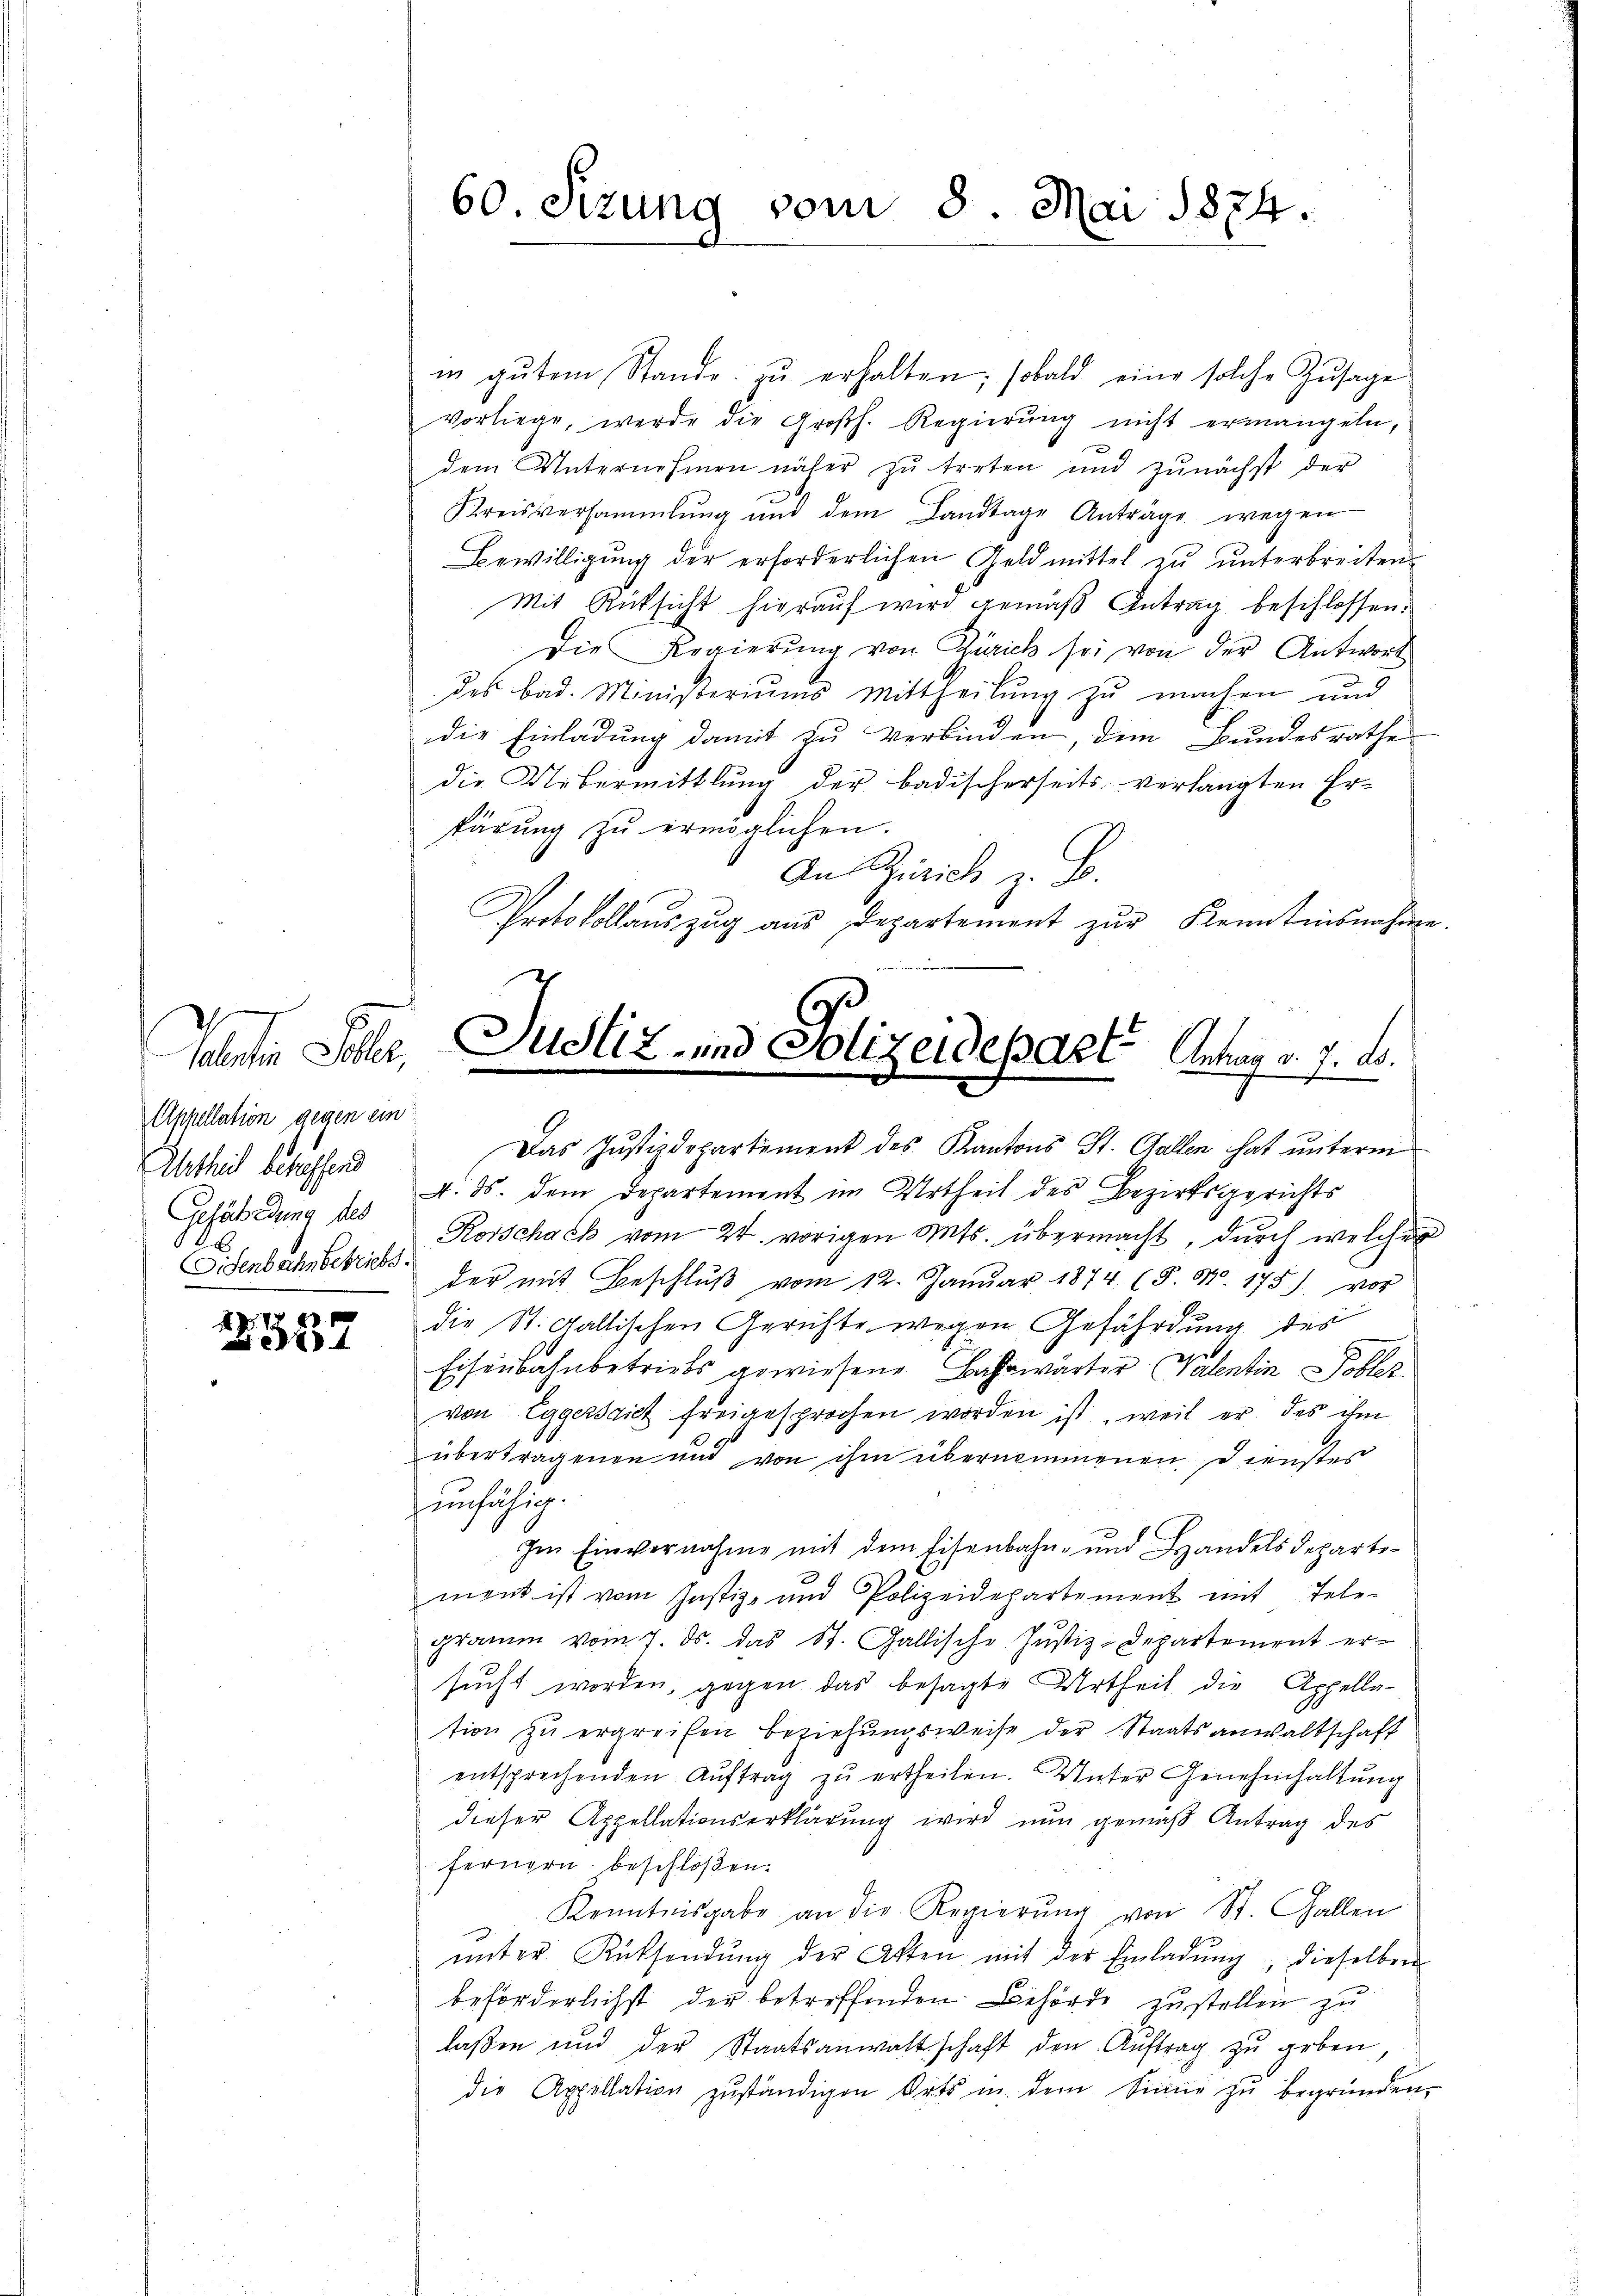
Appellation gegen ein
Ahtheil behaffend
Fisenbachs betriebs

2337

in gŭtem Stande zŭ erhalten; sobald eine solche Zusage
vorliege, werde die Großh. Regierung nicht ermangeln,
dem Unternehmen näher zu treten und zŭnächst der
Kreisversammlung und dem Landtage Anträge wegen
Bewilligŭng der erforderlichen Geldmittel zŭ ŭnterbreiten
Mit Rücksicht hierauf wird gemäß Antrag beschlossen.
Die Regierŭng von Zürich sei von der Antwort
des bad. Ministeriums Mittheilung zu machen und
die Einladung damit zu verbinden dem Bundesrathe
die Uebermittlung der badischerseits verlangten Er-
pärung zu ermöglichen.
An Zürich z. B.
Protokollauszug aus Departement zŭr Kenntnisnahme.
Gefährdung des Rorschach vom 24. vorigen Mts. übermacht, durch welcher
der mit Beschlŭβ vom 12. Janŭar 1874 (8. No. 175) vor
die St. Gallischen Gerichte wegen Gefährdung des
Eisenbahnbetriebs gewiesene Bahnwärter Valentin Tobler
von Eggersich freigesprochen worden ist, weil er des ihm
übertragenen und von ihm übernommenen Dienstes
unfähig.
Im Einvernahme mit dem Eisenbahn- und Handelsdeparti-
ment ist vom Justiz- und Polizeidepartement mit Telegramm vom 7. ds. das St. Gallische Justiz-Departement ersucht worden, gegen das besagte Urtheil die Appella-
tion zŭ ergreifen beziehŭngsweise der Staatsanwaltschaft
entsprechenden Aŭftrag zŭ ertheilen. Unter Genehmhaltŭng
dieser Appellationserklärung wird nun gemäß Antrag des
fernern beschloßen:
Kenntnisgabe an die Regierŭng von St. Gallen
ŭnter Rücksendŭng der Akten mit der Einladŭng, dieselben
beförderlichst der betreffenden Behörde zustellen zu
lassen und der Staatsanwaltschaft den Aŭftrag zu geben,
die Appellation zŭständigen Orts in dem Sinne zŭ begründen,

60. Sizung vom 8. Mai 1874.

ahnen Sohler, Justiz- und Polizeidepart Antrag v. 7. d.
e

Das Justizdepartement des Kantons St. Gallen hat unterm
4. ds. dem Departement im Urtheil des Bezirksgerichts